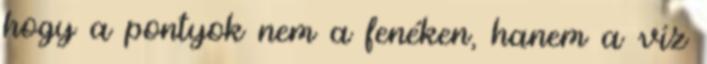
hogy a pontyok nem a fenéken, hanem a víz